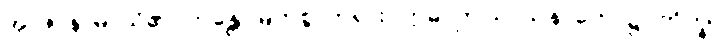
အာဇာနာမိ၊ သိ၏။ ဘန္တေ၊ မြတ်စွာဘုရား။ ဣဓ၊ ဤသာသနာတော်၌။ ဘိက္ခု၊